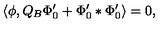
\langle \phi , Q _ { B } \Phi _ { 0 } ^ { \prime } + \Phi _ { 0 } ^ { \prime } * \Phi _ { 0 } ^ { \prime } \rangle = 0 ,